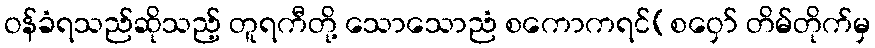
ဝန်ခံရသည်ဆိုသည့် တူရကီတို့ သောသောညံ စကောကရင်(စဝှော် တိမ်တိုက်မှ